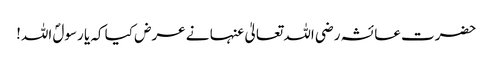
حضرت عائشہ رضی اللہ تعالیٰ عنہا نے عرض کیا کہ یا رسولؐ اللہ!